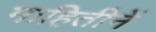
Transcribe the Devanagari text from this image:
माहितीनें